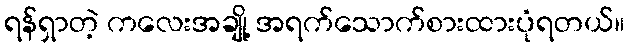
ရန်ရှာတဲ့ ကလေးအချို့ အရက်သောက်စားထားပုံရတယ်။